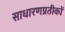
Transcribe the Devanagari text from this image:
साधारणप्रतीकों